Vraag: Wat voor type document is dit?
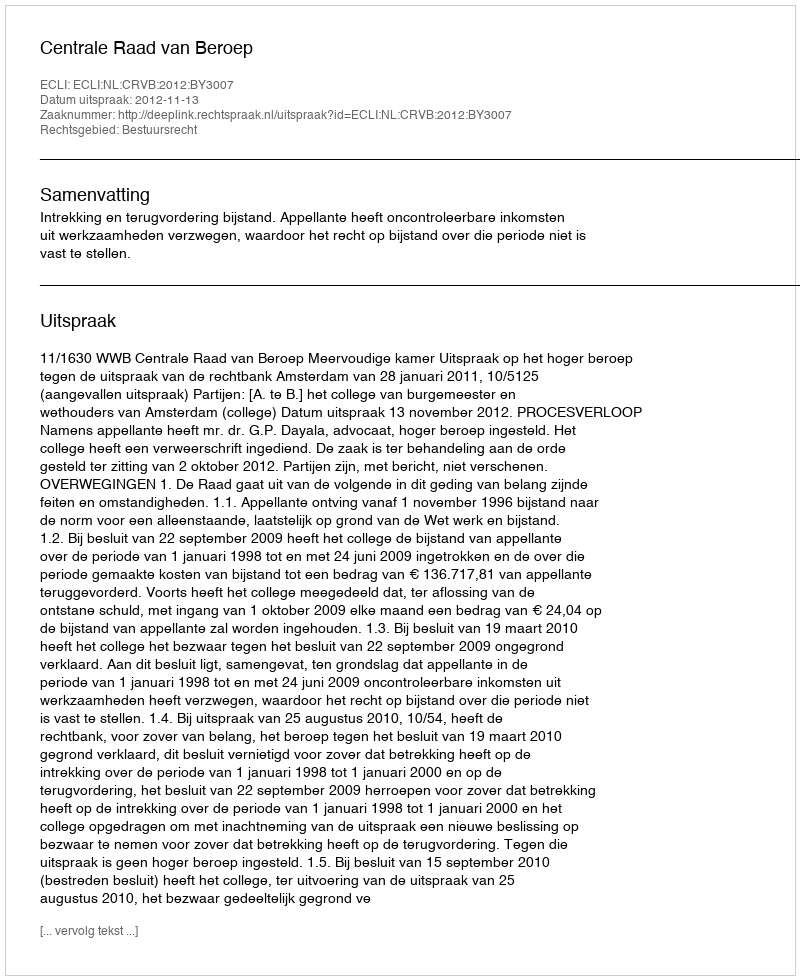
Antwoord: Uitspraak